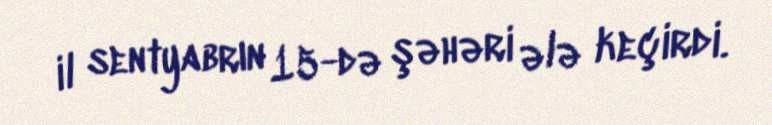
il sentyabrın 15-də şəhəri ələ keçirdi.